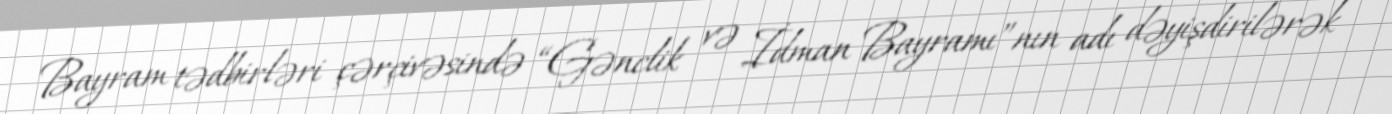
Bayram tədbirləri çərçivəsində “Gənclik və İdman Bayramı”nın adı dəyişdirilərək